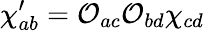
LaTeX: \chi_{ab}^{\prime}=\mathcal{O}_{ac}\mathcal{O}_{bd}\chi_{cd}